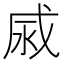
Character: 𢦹